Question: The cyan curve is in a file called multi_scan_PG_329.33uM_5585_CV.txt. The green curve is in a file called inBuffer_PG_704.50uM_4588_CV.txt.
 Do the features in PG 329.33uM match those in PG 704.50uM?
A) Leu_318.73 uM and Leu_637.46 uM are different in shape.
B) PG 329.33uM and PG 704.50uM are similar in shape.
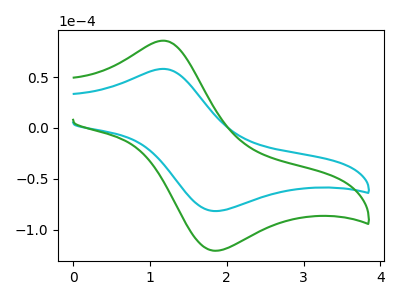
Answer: <think>The cyan curve "PG 329.33uM" has an anodic peak at (1.20V, 58.05uA) and a cathodic peak at (1.80V, -81.50uA). The green curve "PG 704.50uM" has an anodic peak at (1.20V, 85.75uA) and a cathodic peak at (1.80V, -120.40uA).
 All the peaks in "PG 329.33uM" have a peak in "PG 704.50uM" at the same potential. Every peak in "PG 329.33uM" is lower than every peak in "PG 704.50uM".</think>
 <answer>B) "PG 329.33uM" and "PG 704.50uM" are similar in shape.</answer>
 <eval>B</eval>